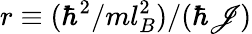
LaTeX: r\equiv(\hbar^{2}/ml_{B}^{2})/(\hbar\mathscr{J})